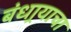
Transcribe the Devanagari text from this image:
बंधार्‍याचा